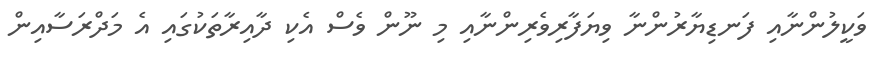
ވަކީލުންނާއި ފަނޑިޔާރުންނާ ވިޔަފާރިވެރިންނާއި މި ނޫން ވެސް އެކި ދާއިރާތަކުގައި އެ މަދްރަސާއިން